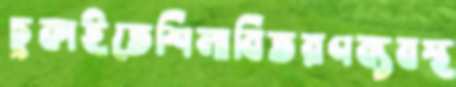
চুকাইতেশিলাবিতরণব্যবস্থ